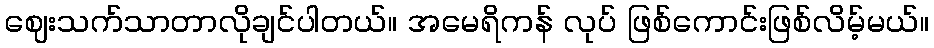
ဈေးသက်သာတာလိုချင်ပါတယ်။ အမေရိကန် လုပ် ဖြစ်ကောင်းဖြစ်လိမ့်မယ်။